system: You are a helpful assistant.
user:
Analyze the provided spectrum to determine if it is a **Carbon Star (C-type)**.

- **Key Visual Indicators of Carbon Star:**
    - **(Primary):** Strong molecular absorption from **C₂ (diatomic carbon) "Swan Bands."** This is the **defining feature** of a carbon star.
        - **(Key Bandheads):** Sharp absorption edges are visible at approximately $5635$ Å, $5165$ Å (the strongest band), and $4737$ Å.
        - **(Line Profile):** Creates a distinct **"saw-tooth"** pattern. The key morphology is a sharp, steep bandhead on the **red (long-wavelength) side**, which then gradually tapers off (i.e., flux recovers) towards the **blue (short-wavelength) side**. *(This is the direct opposite of the TiO bands seen in M-type stars)*.

    - **(Secondary):** Intense **CN (cyanogen)** molecular absorption bands.
        - **(Key Bandheads):** Located in the blue and violet regions of the spectrum (e.g., near $4215$ Å and $3883$ Å).
        - **(Morphology):** These bands are extremely broad and act as a "blanket," absorbing the vast majority of blue and violet light. This creates a characteristic **"cliff"** or **"steep drop-off"** in the spectrum's flux at short wavelengths.

    - **(Key Confirmation):** Strong **CH absorption band (G-band)**.
        - **(Key Bandhead):** Located around $4300$ Å. The contribution from CH molecules to this band is exceptionally strong.

    - **(Overall Spectrum):**
        - The continuum is severely "chopped up" by these deep molecular bands, especially C₂, rather than appearing as a smooth curve.
        - Due to the heavy CN and C₂ absorption in the blue-green, the vast majority of the star's flux is concentrated in the red part of the spectrum, giving the star its characteristic deep red color.

Think first, call **spectral_visualization_tool** if needed to examine features in detail, then provide your final answer. Your response must adhere to the following strict rules:
1.  **Overall Structure:** Your response must follow the format `<think>...</think> <tool_call>...</tool_call> (if a tool is used) <answer>...</answer>`.
2.  **Tool Usage Constraint:** You may only make **one** tool call per turn.
3.  **Final Answer Format:** In the `<answer>` tag, your conclusion must be inside a `\boxed{}` command (e.g., `\boxed{YES}`), followed by your justification.

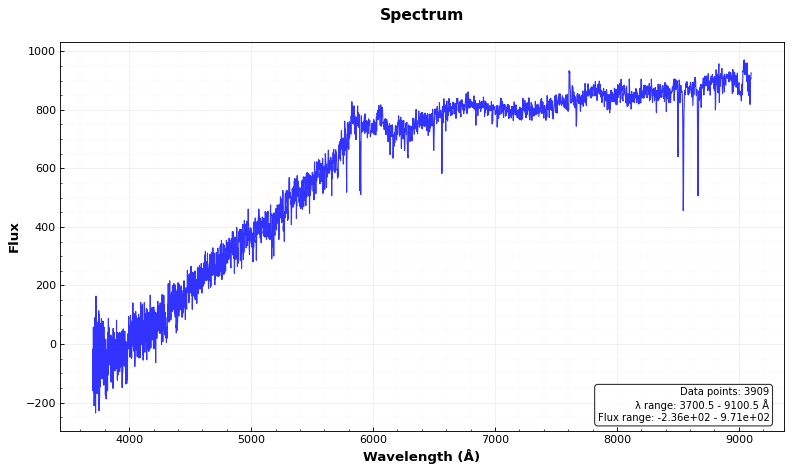
Answer: NO